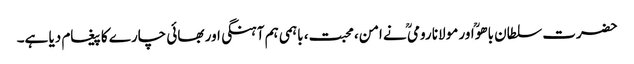
حضرت سلطان باھوؒ اور مولانا رومیؒ نے امن، محبت، باہمی ہم آہنگی اور بھائی چارے کا پیغام دیا ہے۔